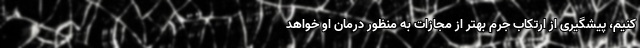
کنیم، پیشگیری از ارتکاب جرم بهتر از مجازات به منظور درمان او خواهد